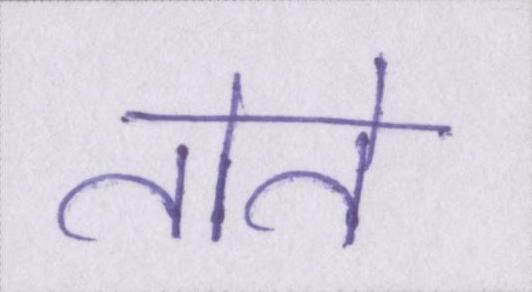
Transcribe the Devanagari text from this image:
तोते